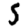
Digit: 5